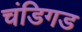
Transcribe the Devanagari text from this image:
चंडिगड